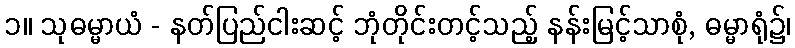
၁။ သုဓမ္မာယံ - နတ်ပြည်ငါးဆင့် ဘုံတိုင်းတင့်သည့် နန်းမြင့်သာစုံ, ဓမ္မာရုံ၌၊